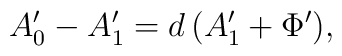
A_0' - A_1' = d\, (A_1' + \Phi'),